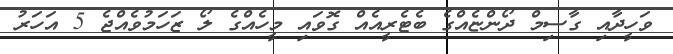
ވަހީދާއި ގާސިމް ދޯންޏެއްގެ ބެޓެރީއެއް ގޮވައި މީހެއްގެ ލޯ ޒަހަމުވެއްޖެ 5 އަހަރު